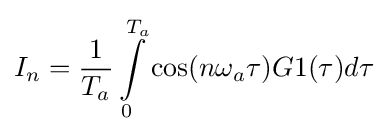
I_{n}={\frac {1}{T_{a}}}\int \limits _{0}^{T_{a}}\cos(n\omega _{a}\tau )G1(\tau )d\tau